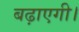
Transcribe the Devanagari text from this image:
बढ़ाएगी।